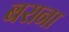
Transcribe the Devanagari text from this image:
बराना